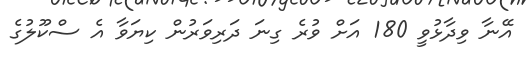
އޭނާ ވިދާޅުވީ 180 އަށް ވުރެ ގިނަ ދަރިވަރުން ކިޔަވާ އެ ސްކޫލުގެ